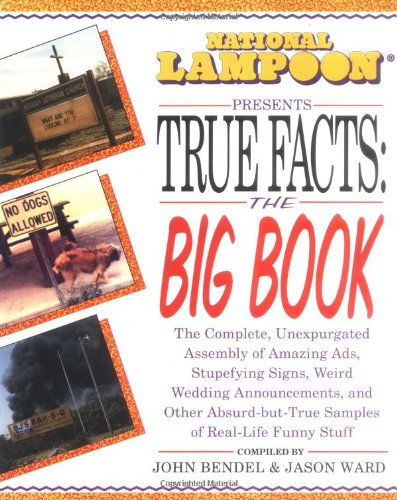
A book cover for National Lampoon Presents True Facts: the Big Book; John Bendel; Reference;